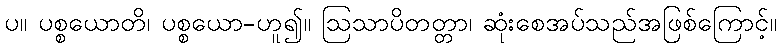
ပ။ ပစ္စယောတိ၊ ပစ္စယော-ဟူ၍။ ဩသာပိတတ္တာ၊ ဆုံးစေအပ်သည်အဖြစ်ကြောင့်။